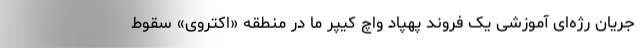
جریان رژه‌ای آموزشی یک فروند پهپاد واچ کیپر ما در منطقه «اکتروی» سقوط